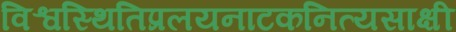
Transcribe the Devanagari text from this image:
विश्वस्थितिप्रलयनाटकनित्यसाक्षी